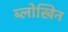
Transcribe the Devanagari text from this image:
ब्लोखिन